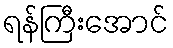
ရန်ကြီးအောင်